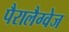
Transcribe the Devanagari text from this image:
पैरालैग्वेज